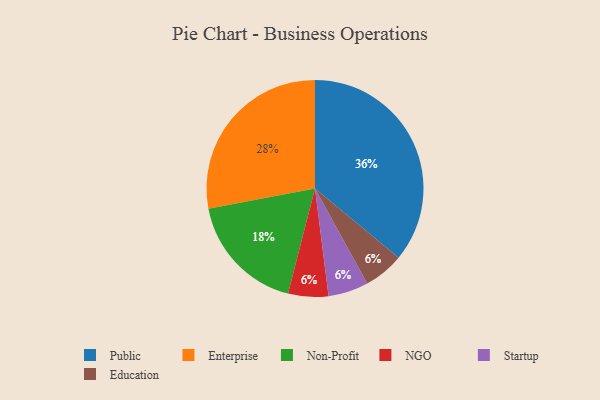
{"axis": {"x": "Category", "y": "Percentage"}, "legend": ["Education", "Enterprise", "NGO", "Non-Profit", "Public", "Startup"], "data": [{"x": "NGO", "y": 6, "type": "NGO"}, {"x": "Non-Profit", "y": 18, "type": "Non-Profit"}, {"x": "Startup", "y": 6, "type": "Startup"}, {"x": "Education", "y": 6, "type": "Education"}, {"x": "Public", "y": 36, "type": "Public"}, {"x": "Enterprise", "y": 28, "type": "Enterprise"}]}